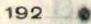
192.